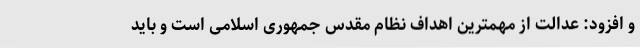
و افزود: عدالت از مهمترین اهداف نظام مقدس جمهوری اسلامی است و باید